Lunatic asylums Punjab 1911-1921 - 1911-1921
Year: 1911
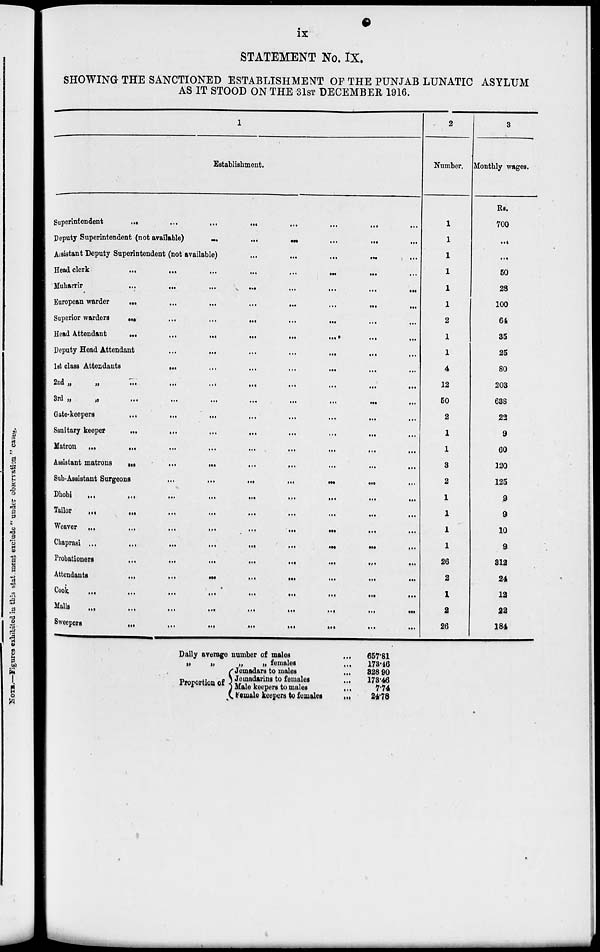
STATEMENT No. IX.
SHOWING THE SANCTIONED ESTABLISHMENT OF THE PUNJAB LUNATIC ASYLUM
AS IT STOOD ON THE 31ST DECEMBER 1916.
1
Establishment.
Superintendent
...
...
...
...
...
...
...
Deputy Superintendent (not available)
...
...
...
...
...
Assistant Deputy Superintendent (not available)
...
...
...
...
Head clerk
...
...
...
...
...
...
...
Muharrir
...
...
...
...
...
...
...
European warder
...
...
...
...
...
...
...
Superior warders .... ... ... ...
Head Attendant
...
...
...
...
,.,
...
...
Deputy Head Attendant
...
...
...
...
...
1st class Attendants
...
...
...
...
...
...
2nd „ „ ... ... ... ... ... ...
3rd
„
„
...
...
...
...
...
...
Gate-keepers
...
...
...
...
...
...
...
...
Sanitary keeper
...
...
...
...
...
...
...
Matron
...
...
...
...
...
...
...
...
...
Assistant matrons
...
...
...
...
...
...
...
...
Sub-Assistant Surgeons
...
...
...
...
...
...
Dhobi
...
...
...
...
...
...
Tailor
...
...
...
...
,..
...
...
...
...
Weaver ...
...
...
...
...
...
...
...
...
Chaprasi ...
...
...
...
...
Probationers
...
...
...
...
...
...
...
...
Attendants
...
...
...
...
...
...
Cook
...
...
...
...
...
...
Malis ... ... ... ... ...
Sweepers
...
...
...
...
... ... ... ... ...
2
Number.
1
1
1
1
1
1
2
1
1
4
12
50
2
1
1
3
2
1
1
1
1
26
2
1
2
26
3
Monthly wages.
Rs.
700
...
...
50
28
100
64
35
25
80
203
638
22
9
60
120
125
9
9
10
9
312
24
12
22
184
Daily average number of males ...
„
„
„
„ females ...
Proportion of
Jemadars to males ...
Jemadarins to females ...
Male keepers to males ...
Female keepers to females ...
657.81
173.46
328.90
173.46
7.74
24.78